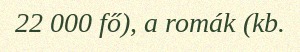
22 000 fő), a romák (kb.